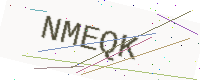
Text: NMEQK